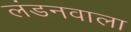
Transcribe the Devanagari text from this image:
लंडनवाला